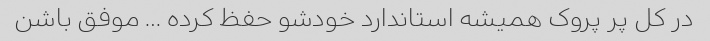
در کل پر پروک همیشه استاندارد خودشو حفظ کرده … موفق باشن